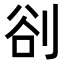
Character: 𭃣